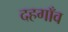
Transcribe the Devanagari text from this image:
दहगाँव